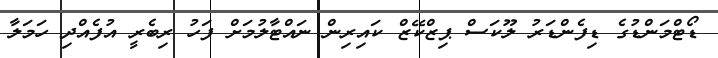
ޑޯޓްމަންޑުގެ ޑިފެންޑަރު ލޫކަސް ޕިޒްކޭޒް ކައިރިން ނައްޓާލުމަށް ފަހު ރިބެރީ އުފެއްދި ހަމަލާ